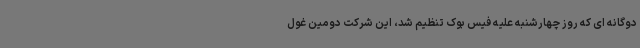
دوگانه ای که روز چهارشنبه علیه فیس بوک تنظیم شد، این شرکت دومین غول